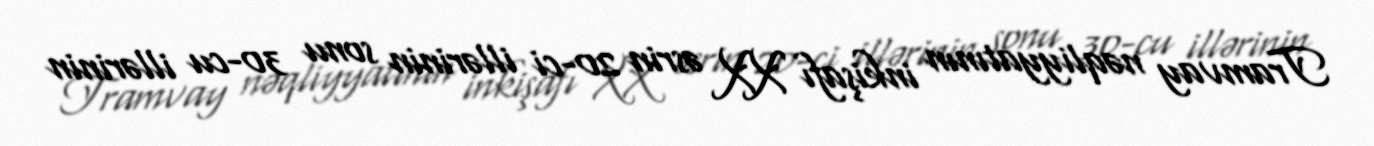
Tramvay nəqliyyatının inkişafı XX əsrin 20-ci illərinin sonu 30-cu illərinin